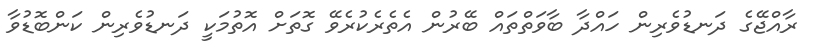
ރާއްޖޭގެ ދަނޑުވެރިން ހައްދާ ބާވަތްތައް ބޭރުން އެތެރެކުރެވޭ ގޮތަށް އޮތުމަކީ ދަނޑުވެރިން ކަންބޮޑުވާ